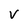
Character: V